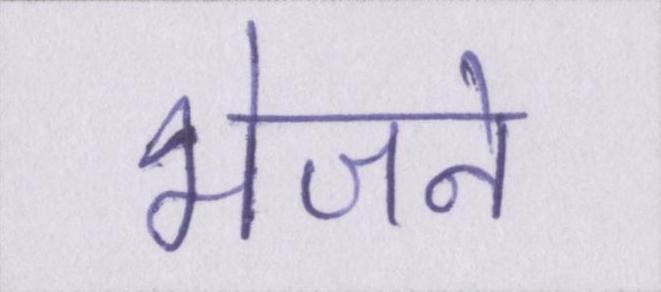
भेजने